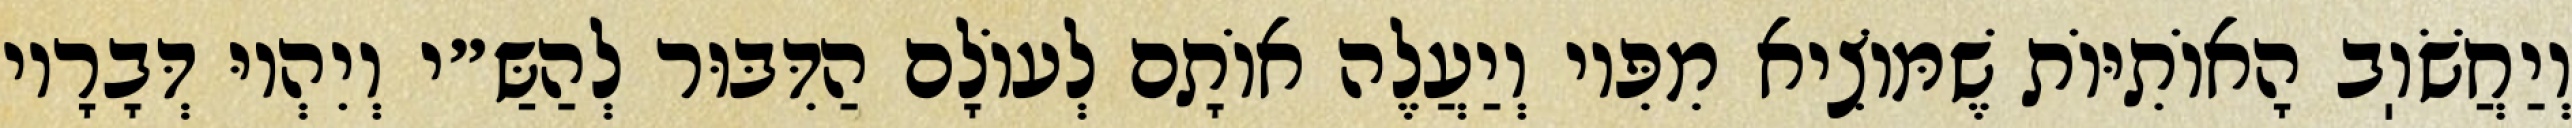
וְיַחֲשֹׁוֽב הָאוֹתִיּוֹת שֶׁמּוֹצִיא מִפִּיו וְיַעֲלֶה אוֹתָם לְעוֹלָם הַדִּבּוּר לְהַשַּ״י וְיִהְיוּ דְּבָרָיו